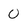
Character: 0